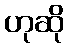
ဟုဆို